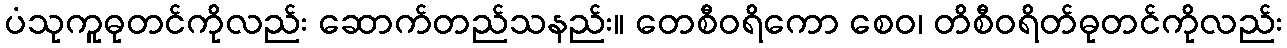
ပံသုကူဓုတင်ကိုလည်း ဆောက်တည်သနည်း။ တေစီဝရိကော စေဝ၊ တိစီဝရိတ်ဓုတင်ကိုလည်း